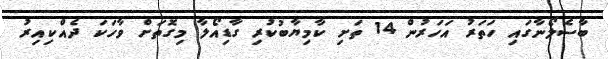
ބާސެލޯނާގައި ހަތަރު އަހަރުން 14 ތަށި ކާމިޔާބުކުރި ގާޑިއޯލާ މިގޮތަށް ވާހަކަ ދެއްކިއިރު